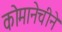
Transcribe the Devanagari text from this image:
कोमानेचीने